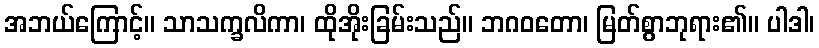
အဘယ်ကြောင့်။ သာသက္ခလိကာ၊ ထိုအိုးခြမ်းသည်။ ဘဂဝတော၊ မြတ်စွာဘုရား၏။ ပါဒါ၊